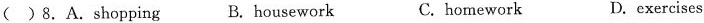
( )8.A.shopping B. housework C.homework D. exercises